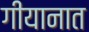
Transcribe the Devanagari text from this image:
गीयानात